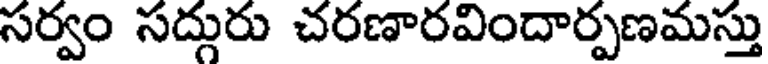
సర్వం సద్గురు చరణారవిందార్పణమస్తు